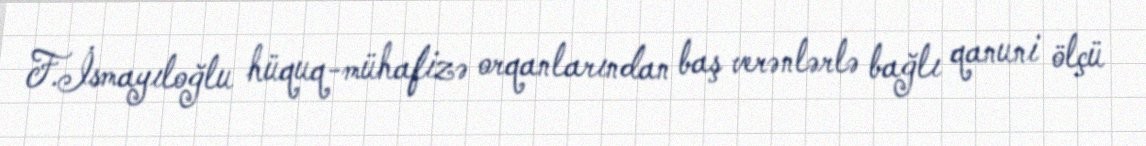
F.İsmayıloğlu hüquq-mühafizə orqanlarından baş verənlərlə bağlı qanuni ölçü